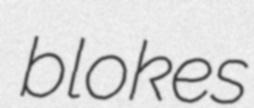
blokes